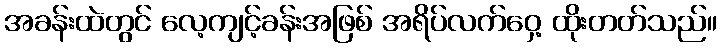
အခန်းထဲတွင် လေ့ကျင့်ခန်းအဖြစ် အရိပ်လက်ဝှေ့ ထိုးတတ်သည်။